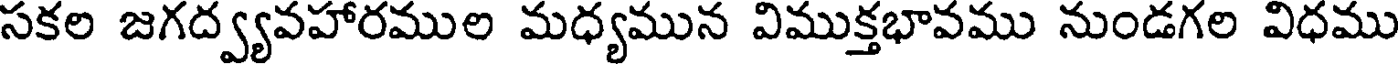
సకల జగద్వ్యవహారముల మధ్యమున విముక్తభావము నుండగల విధము